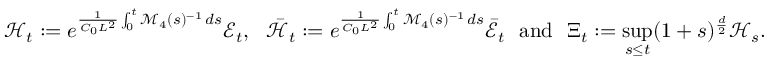
\mathcal { H } _ { t } : = e ^ { \frac { 1 } { C _ { 0 } L ^ { 2 } } \int _ { 0 } ^ { t } \mathcal { M } _ { 4 } ( s ) ^ { - 1 } \, d s } \mathcal { E } _ { t } , ~ ~ \bar { \mathcal { H } } _ { t } : = e ^ { \frac { 1 } { C _ { 0 } L ^ { 2 } } \int _ { 0 } ^ { t } \mathcal { M } _ { 4 } ( s ) ^ { - 1 } \, d s } \bar { \mathcal { E } } _ { t } ~ ~ \mathrm { a n d } ~ ~ \Xi _ { t } : = \operatorname* { s u p } _ { s \leq t } ( 1 + s ) ^ { \frac { d } { 2 } } \mathcal { H } _ { s } .